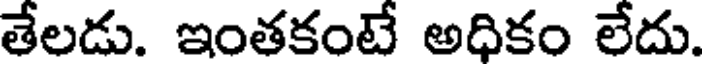
తేలడు. ఇంతకంటే అధికం లేదు.